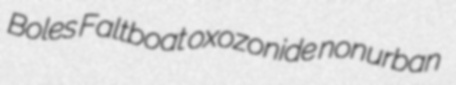
Boles Faltboat oxozonide nonurban